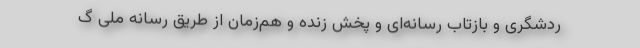
ردشگری و بازتاب رسانه‌ای و پخش زنده و هم‌زمان از طریق رسانه ملی گ